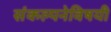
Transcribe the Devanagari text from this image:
संकल्पनेविषयी